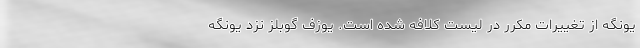
یونگه از تغییرات مکرر در لیست کلافه شده است. یوزف گوبلز نزد یونگه